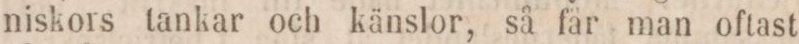
niskors tankar och känslor, så fär man oftast